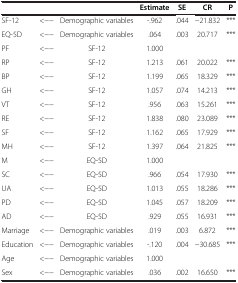
<table><thead><tr><td colspan="3"><b> </b></td><td><b>Estimate</b></td><td><b>SE</b></td><td><b>CR</b></td><td><b>P</b></td></tr></thead><tbody><tr><td>SF-12</td><td>&lt;--</td><td>Demographic variables</td><td>-.962</td><td>.044</td><td>-21.832</td><td>***</td></tr><tr><td>EQ-5D</td><td>&lt;--</td><td>Demographic variables</td><td>.064</td><td>.003</td><td>20.717</td><td>***</td></tr><tr><td>PF</td><td>&lt;--</td><td>SF-12</td><td>1.000</td><td> </td><td> </td><td> </td></tr><tr><td>RP</td><td>&lt;--</td><td>SF-12</td><td>1.213</td><td>.061</td><td>20.022</td><td>***</td></tr><tr><td>BP</td><td>&lt;--</td><td>SF-12</td><td>1.199</td><td>.065</td><td>18.329</td><td>***</td></tr><tr><td>GH</td><td>&lt;--</td><td>SF-12</td><td>1.057</td><td>.074</td><td>14.213</td><td>***</td></tr><tr><td>VT</td><td>&lt;--</td><td>SF-12</td><td>.956</td><td>.063</td><td>15.261</td><td>***</td></tr><tr><td>RE</td><td>&lt;--</td><td>SF-12</td><td>1.838</td><td>.080</td><td>23.089</td><td>***</td></tr><tr><td>SF</td><td>&lt;--</td><td>SF-12</td><td>1.162</td><td>.065</td><td>17.929</td><td>***</td></tr><tr><td>MH</td><td>&lt;--</td><td>SF-12</td><td>1.397</td><td>.064</td><td>21.825</td><td>***</td></tr><tr><td>M</td><td>&lt;--</td><td>EQ-5D</td><td>1.000</td><td> </td><td> </td><td> </td></tr><tr><td>SC</td><td>&lt;--</td><td>EQ-5D</td><td>.966</td><td>.054</td><td>17.930</td><td>***</td></tr><tr><td>UA</td><td>&lt;--</td><td>EQ-5D</td><td>1.013</td><td>.055</td><td>18.286</td><td>***</td></tr><tr><td>PD</td><td>&lt;--</td><td>EQ-5D</td><td>1.045</td><td>.057</td><td>18.209</td><td>***</td></tr><tr><td>AD</td><td>&lt;--</td><td>EQ-5D</td><td>.929</td><td>.055</td><td>16.931</td><td>***</td></tr><tr><td>Marriage</td><td>&lt;--</td><td>Demographic variables</td><td>.019</td><td>.003</td><td>6.872</td><td>***</td></tr><tr><td>Education</td><td>&lt;--</td><td>Demographic variables</td><td>-.120</td><td>.004</td><td>-30.685</td><td>***</td></tr><tr><td>Age</td><td>&lt;--</td><td>Demographic variables</td><td>1.000</td><td> </td><td> </td><td> </td></tr><tr><td>Sex</td><td>&lt;--</td><td>Demographic variables</td><td>.036</td><td>.002</td><td>16.650</td><td>***</td></tr></tbody></table>